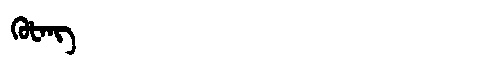
Manchu: ᡴᡠᡶᠠᠩ
Romanization: KUFANG